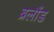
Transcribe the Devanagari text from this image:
ब्रलौंड